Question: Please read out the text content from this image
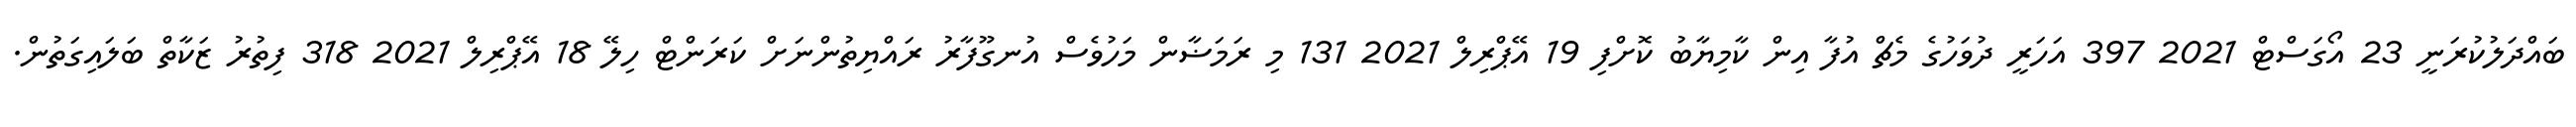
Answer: ބައްދަލުކުރަނީ 23 އޯގަސްޓް 2021 397 އަހަރީ ދުވަހުގެ މެޗް އުފާ އިން ކާމިޔާބު ކޮށްފި 19 އޭޕްރިލް 2021 131 މި ރަމަޟާން މަހުވެސް އުނގޫފާރު ރައްޔިތުންނަށް ކަރަންޓް ހިލޭ 18 އޭޕްރިލް 2021 318 ފިތުރު ޒަކާތް ބަލައިގަތުން.